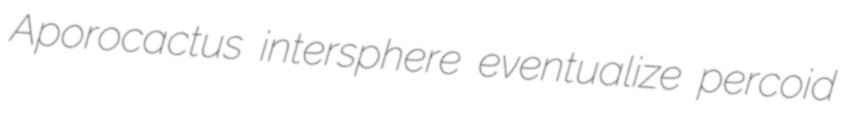
Aporocactus intersphere eventualize percoid